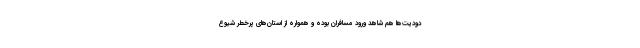
دودیت‌ها هم شاهد ورود مسافران بوده و همواره از استان‌های پرخطر شیوع